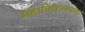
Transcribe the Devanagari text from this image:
महाविद्यालयला